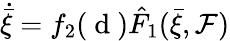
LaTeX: \dot{\bar{\xi}}=f_{2}(\mathrm{~d~})\hat{F}_{1}(\bar{\xi},\mathcal{F})